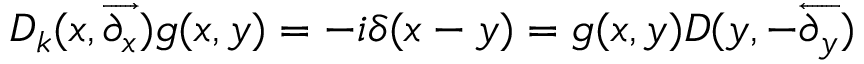
{ \cal D } _ { k } ( x , \overrightarrow { \partial _ { x } } ) g ( x , y ) = - i \delta ( x - y ) = g ( x , y ) { \cal D } ( y , - \overleftarrow { \partial _ { y } } )